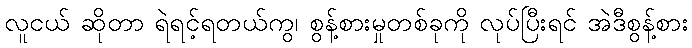
လူငယ် ဆိုတာ ရဲရင့်ရတယ်ကွ၊ စွန့်စားမှုတစ်ခုကို လုပ်ပြီးရင် အဲဒီစွန့်စား